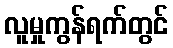
လူမှုကွန်ရက်တွင်